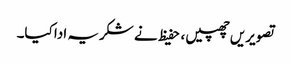
تصویریں چھپیں ، حفیظ نے شکریہ ادا کیا۔